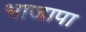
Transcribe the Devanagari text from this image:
भाजापा